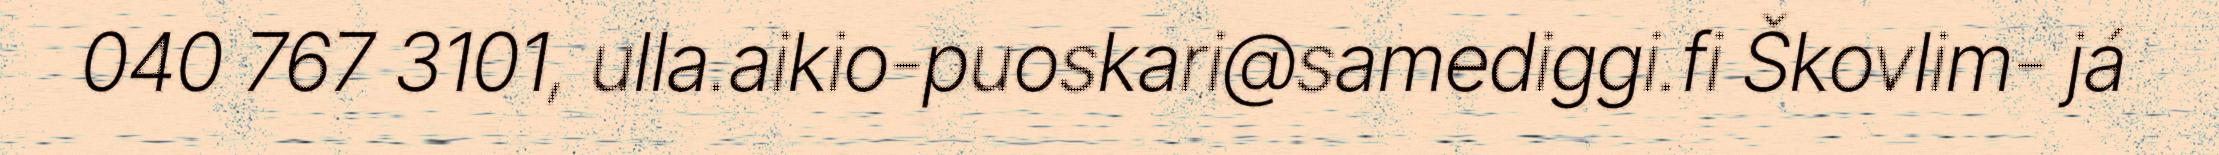
040 767 3101, ulla.aikio-puoskari@samediggi.fi Škovlim- já